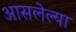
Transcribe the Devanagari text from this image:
आसलेल्या